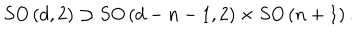
S O \left( d , 2 \right) \supset S O \left( d - n - 1 , 2 \right) \times S O \left( n + 1 \right) .